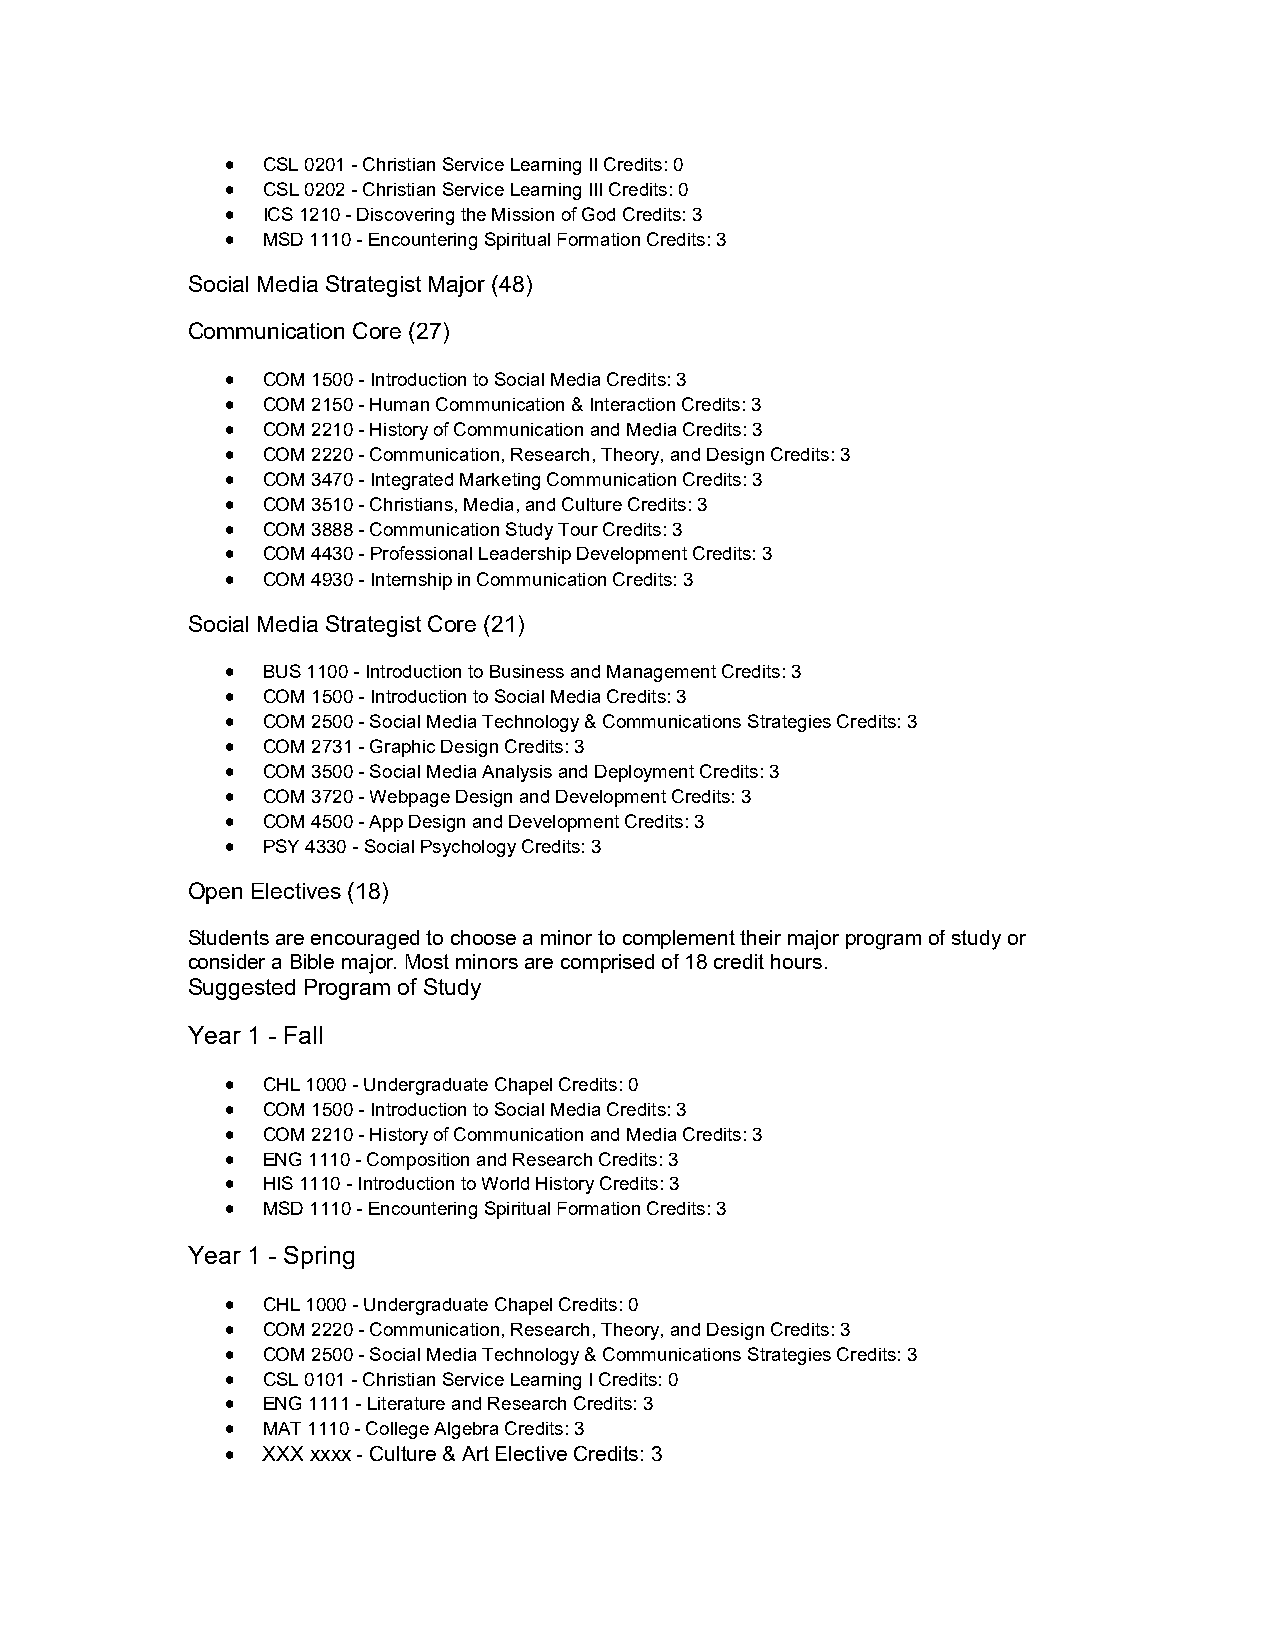
 CSL 0201 - Christian Service Learning II Credits: 0
  CSL 0202 - Christian Service Learning III Credits: 0
  ICS 1210 - Discovering the Mission of God Credits: 3
  MSD 1110 - Encountering Spiritual Formation Credits: 3
 Social Media Strategist Major (48)
 Communication Core (27)
  COM 1500 - Introduction to Social Media Credits: 3
  COM 2150 - Human Communication & Interaction Credits: 3
  COM 2210 - History of Communication and Media Credits: 3
  COM 2220 - Communication, Research, Theory, and Design Credits: 3
  COM 3470 - Integrated Marketing Communication Credits: 3
  COM 3510 - Christians, Media, and Culture Credits: 3
  COM 3888 - Communication Study Tour Credits: 3
  COM 4430 - Professional Leadership Development Credits: 3
  COM 4930 - Internship in Communication Credits: 3
 Social Media Strategist Core (21)
  BUS 1100 - Introduction to Business and Management Credits: 3
  COM 1500 - Introduction to Social Media Credits: 3
  COM 2500 - Social Media Technology & Communications Strategies Credits: 3
  COM 2731 - Graphic Design Credits: 3
  COM 3500 - Social Media Analysis and Deployment Credits: 3
  COM 3720 - Webpage Design and Development Credits: 3
  COM 4500 - App Design and Development Credits: 3
  PSY 4330 - Social Psychology Credits: 3
 Open Electives (18)
 Students are encouraged to choose a minor to complement their major program of study or
 consider a Bible major. Most minors are comprised of 18 credit hours.
 Suggested Program of Study
 Year 1 - Fall
  CHL 1000 - Undergraduate Chapel Credits: 0
  COM 1500 - Introduction to Social Media Credits: 3
  COM 2210 - History of Communication and Media Credits: 3
  ENG 1110 - Composition and Research Credits: 3
  HIS 1110 - Introduction to World History Credits: 3
  MSD 1110 - Encountering Spiritual Formation Credits: 3
 Year 1 - Spring
  CHL 1000 - Undergraduate Chapel Credits: 0
  COM 2220 - Communication, Research, Theory, and Design Credits: 3
  COM 2500 - Social Media Technology & Communications Strategies Credits: 3
  CSL 0101 - Christian Service Learning I Credits: 0
  ENG 1111 - Literature and Research Credits: 3
  MAT 1110 - College Algebra Credits: 3
  XXX xxxx - Culture & Art Elective Credits: 3